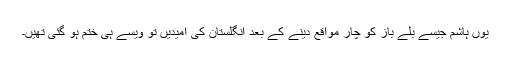
یوں ہاشم جیسے بلے باز کو چار مواقع دینے کے بعد انگلستان کی امیدیں تو ویسے ہی ختم ہو گئی تھیں۔